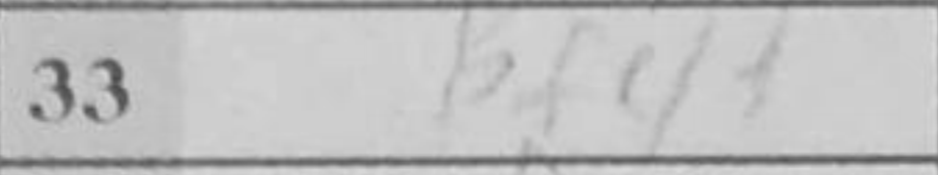
Transcription: Bf4+